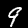
Label: 9